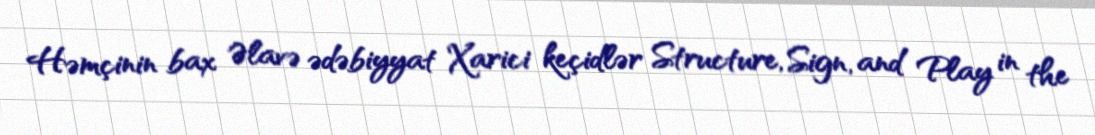
Həmçinin bax Əlavə ədəbiyyat Xarici keçidlər Structure, Sign, and Play in the